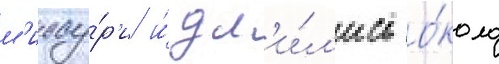
м'иссу́р'и и́ дл'и́л'ись о́коло